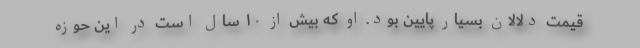
قیمت دلالان بسیار پایین بود. او که بیش از ۱۰ سال است در این حوزه